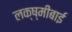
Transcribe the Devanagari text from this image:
लक्ष्‍मीबाई